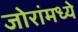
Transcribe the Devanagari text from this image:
जोरांमध्ये